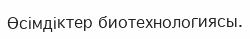
Өсімдіктер биотехнологиясы.